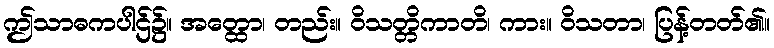
ဤသာဓကပါဌ်၌။ အတ္ထော၊ တည်း။ ဝိသတ္တိကာတိ၊ ကား။ ဝိသတာ၊ ပြန့်တတ်၏။